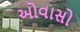
ઓવાસો